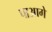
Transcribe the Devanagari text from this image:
पाआगे